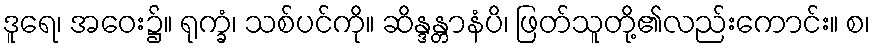
ဒူရေ၊ အဝေး၌။ ရုက္ခံ၊ သစ်ပင်ကို။ ဆိန္ဒန္တာနံပိ၊ ဖြတ်သူတို့၏လည်းကောင်း။ စ၊